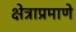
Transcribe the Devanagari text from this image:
क्षेत्राप्रमाणे